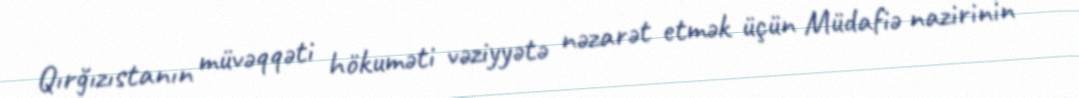
Qırğızıstanın müvəqqəti hökuməti vəziyyətə nəzarət etmək üçün Müdafiə nazirinin